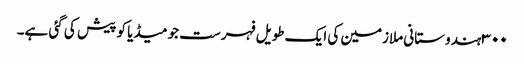
٣٠٠ ہندوستانی ملازمین کی ایک طویل فہرست جو میڈیا کو پیش کی گئی ہے۔